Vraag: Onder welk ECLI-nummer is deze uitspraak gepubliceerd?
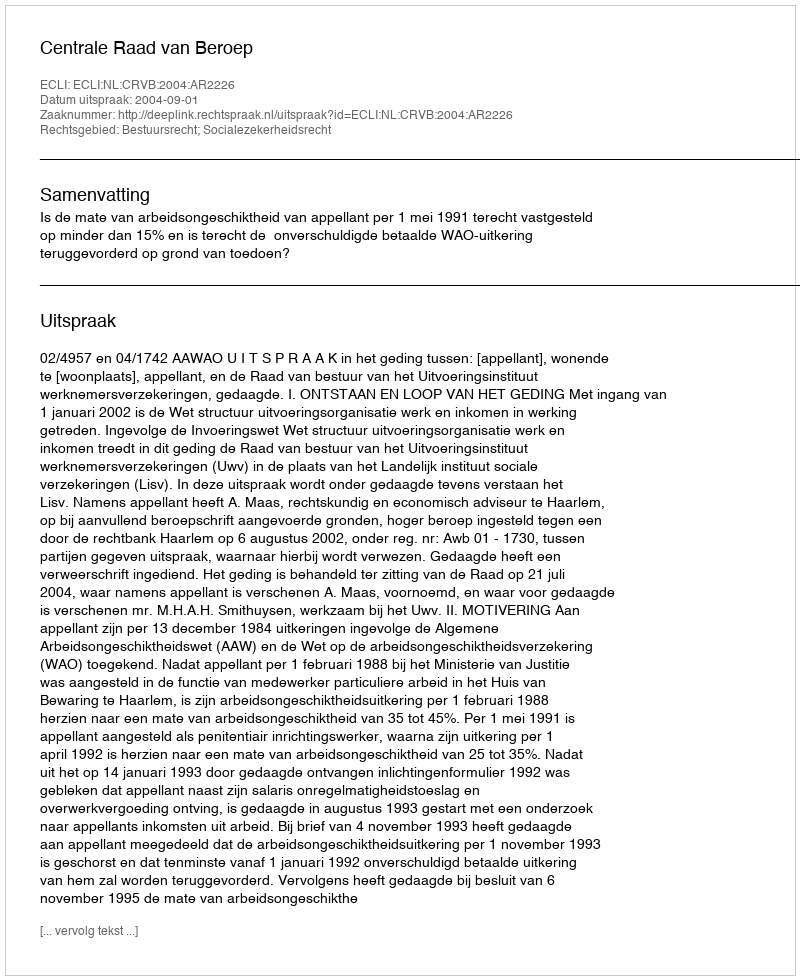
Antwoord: ECLI:NL:CRVB:2004:AR2226